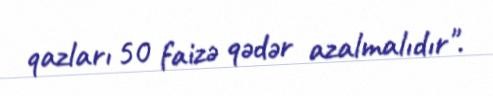
qazları 50 faizə qədər azalmalıdır".